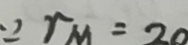
\because r m = 2 0